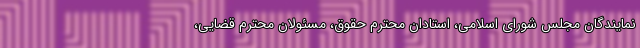
نمایندگان مجلس شورای اسلامی، استادان محترم حقوق، مسئولان محترم قضایی،